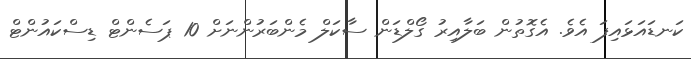
ކަނޑައަޅައިފަ އެވެ. އެގޮތުން ބަލާއިރު ގޯލްޑަން ސާކަލް މެންބަރުންނަށް 10 ޕަސެންޓް ޑިސްކައުންޓް